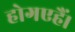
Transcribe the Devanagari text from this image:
होगएहैं।